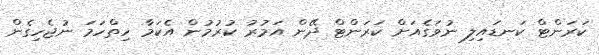
ކަރަންޓް ކަނޑައިލި ނުވަގެއަށް ކަރަންޓް ދޭން އަމުރު ކުރުމުން އެކަމާ ހިތްހަމަ ނުޖެހިގެން